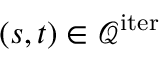
( s , t ) \in \mathcal { Q } ^ { \mathrm { i t e r } }